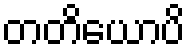
တတိယောပိ